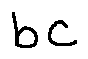
b c